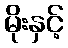
မိုးနှင့်